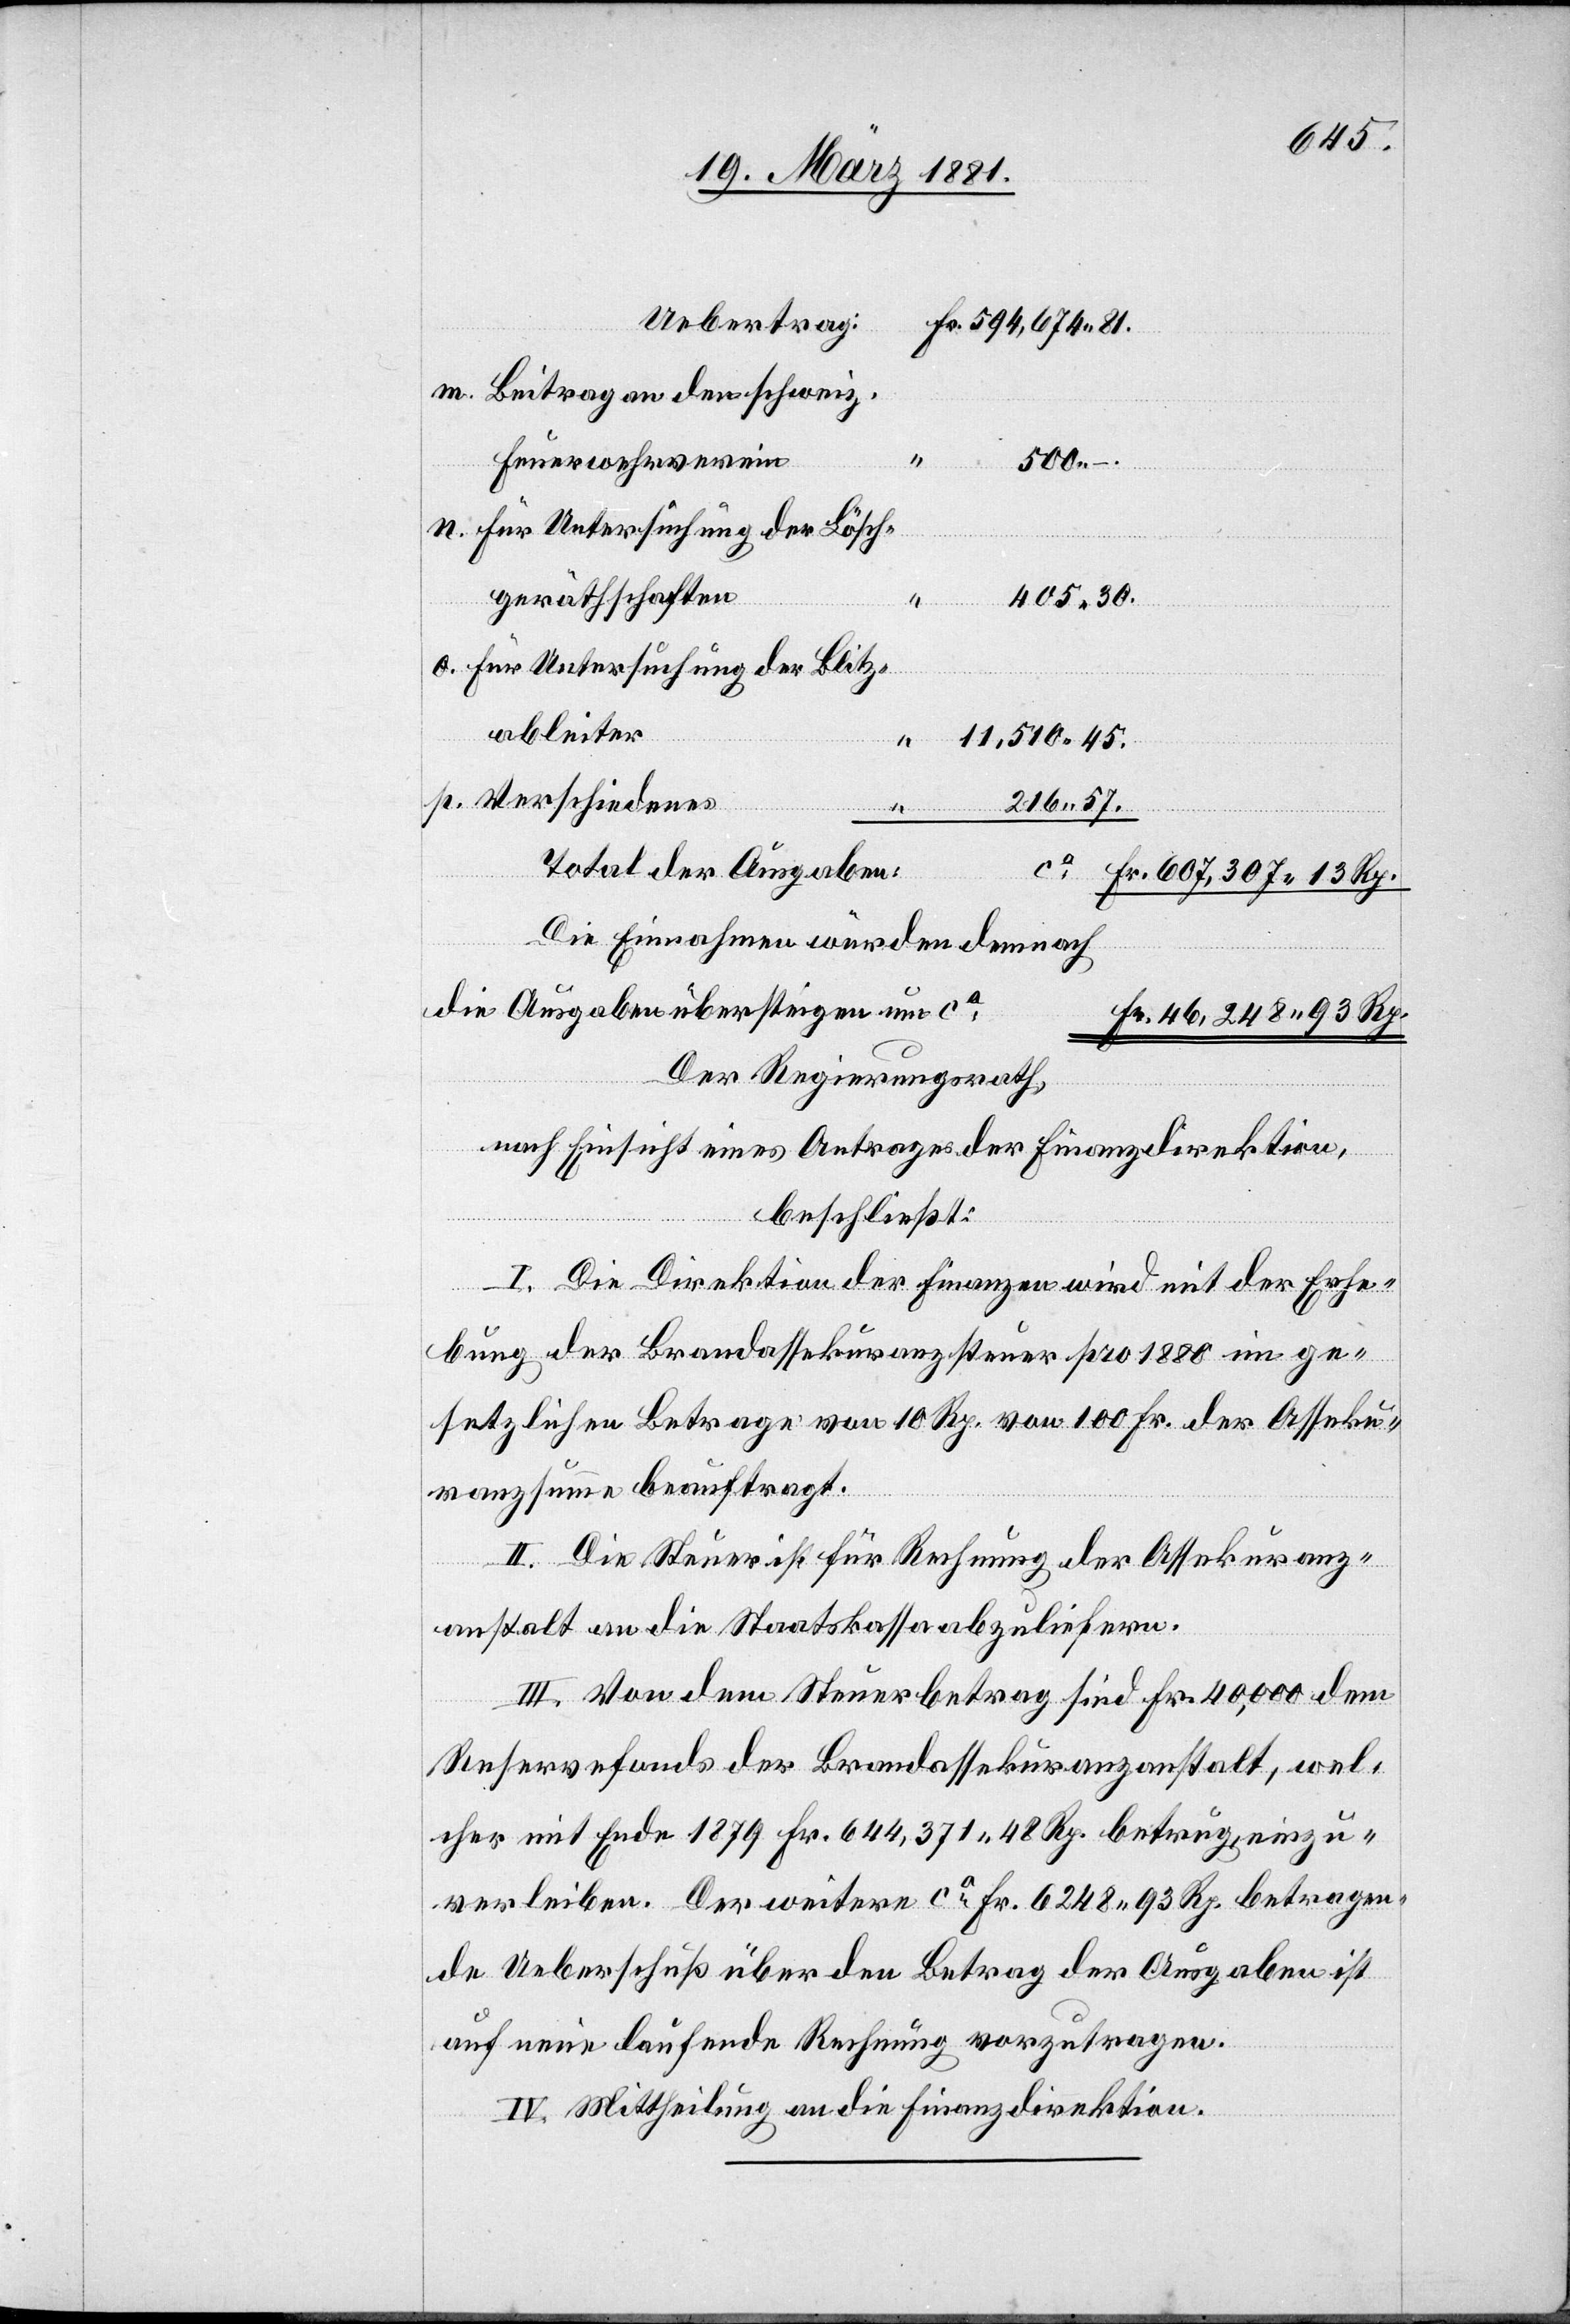
Uebertrag:
Beitrag an den schweiz.
Feuerwehrverein
500
für Untersuchung der Lösch¬
geräthschaften
405 30.
für Untersuchung der Blitz¬
ableiter
11,510 45.
p.
Verschiedenes
216 57.
Total der Ausgaben:
Die Einnahmen würden demnach
die Ausgaben übersteigen um ca
Fr.
Der Regierungsrath,
nach Einsicht eines Antrages der Finanzdirektion,
beschließt:
I. Die Direktion der Finanzen wird mit der Erhe¬
bung der Brandassekuranzsteuer pro 1880 im ge¬
setzlichen Betrage von 10 Rp. von 100 Fr. der Asseku¬
ranzsumme beauftragt.
II. Die Steuer ist für Rechnung der Assekuranz¬
anstalt an die Staatskassa abzuliefern.
III. Von dem Steuerbetrag sind Fr. 40,000 dem
n.
Reservefond der Brandassekuranzanstalt, wel¬
cher mit Ende 1879 Fr. 644,371 38 Rp. betrug, einzu¬
verleiben. Der weitere ca Fr. 6248 93 Rp. betragen¬
de Ueberschuß über den Betrag der Ausgaben ist
auf neue laufende Rechnung vorzutragen.
IV. Mittheilung an die Finanzdirektion.